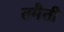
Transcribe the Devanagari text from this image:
तमैती